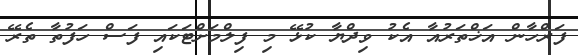
ފަރްހާން އަޚްތަރުއާ އެކު ވިދްޔާ ކުޅޭ މި ފިލްމަށްޓަކައި ފަސް ހަފުތާ ތެރޭ